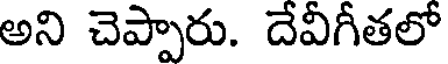
అని చెప్పారు. దేవీగీతలో